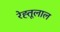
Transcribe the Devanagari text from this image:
रेह्तूलाल